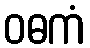
ဝဓကံ